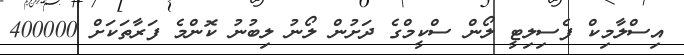
އިސްލާމިކް ފެސިލިޓީ ލޯން ސްކީމްގެ ދަށުން ލޯނު ލިބުނު ކޮންމެ ފަރާތަކަށް 400000